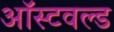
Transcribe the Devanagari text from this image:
ऑस्टवल्ड